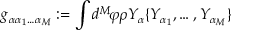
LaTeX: g _ { \alpha \alpha _ { 1 } \ldots \alpha _ { M } } : = \int d ^ { M } \! \varphi \rho Y _ { \alpha } \{ Y _ { \alpha _ { 1 } } , \ldots , Y _ { \alpha _ { M } } \}